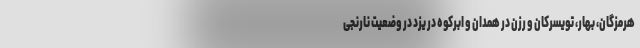
هرمزگان، بهار، تویسرکان و رزن در همدان و ابرکوه در یزد در وضعیت نارنجی